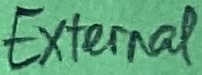
Text: External